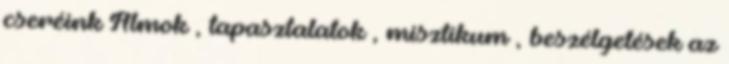
cseréink Álmok , tapasztalatok , misztikum , beszélgetések az